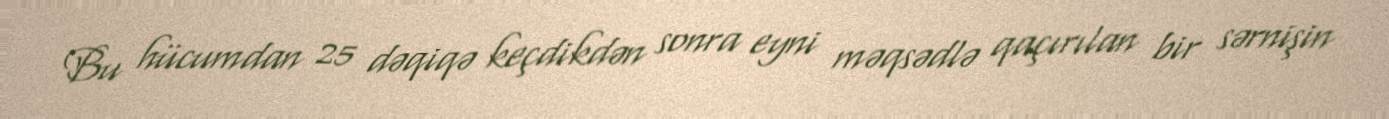
Bu hücumdan 25 dəqiqə keçdikdən sonra eyni məqsədlə qaçırılan bir sərnişin